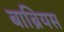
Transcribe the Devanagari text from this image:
बाब्रियस